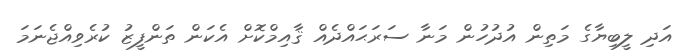
އަދި ލީބިޔާގެ މަތިން އުދުހުން މަނާ ސަރަޙައްދެއް ޤާއިމްކޮށް އެކަން ތަންފީޒު ކުރެވިއްޖެނަމަ